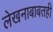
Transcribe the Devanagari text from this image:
लेखनाबाबतही